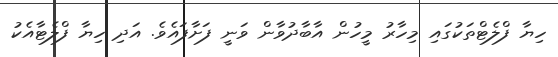
ހިޔާ ފްލެޓްތަކުގައި މިހާރު މީހުން އާބާދުވާން ވަނީ ފަށާފައެވެ. އަދި ހިޔާ ފްލެޓާއެކު